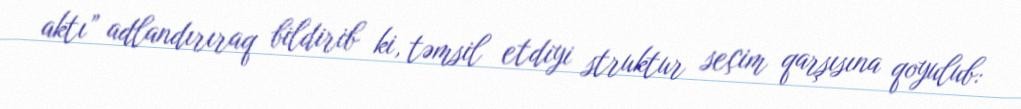
aktı” adlandırıraq bildirib ki, təmsil etdiyi struktur seçim qarşısına qoyulub: